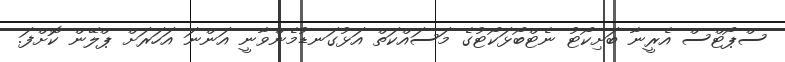
ސްޕޯޓްސް އެރީނާ ބަށިކޯޓު ނެޓްބޯޅަކޯޓުގެ މަސައްކަތް އަޅުގަނޑުމެންވާނީ އަންނަ އަހަރަށް ޕްލޭން ކޮށްފަ.